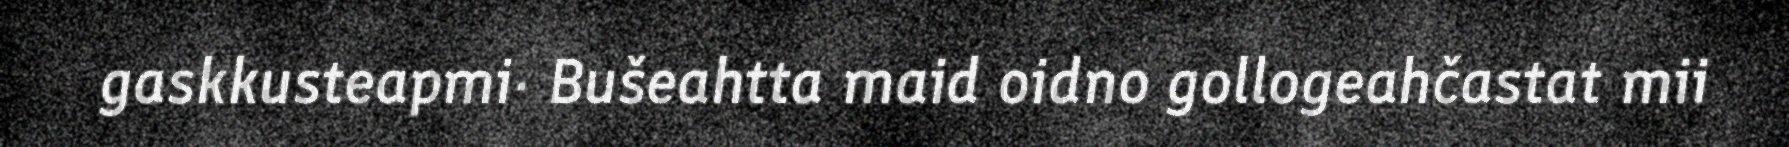
gaskkusteapmi· Bušeahtta maid oidno gollogeahčastat mii